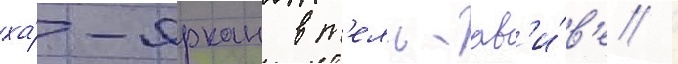
ха́-яркон в т'ель-ав'и́в'е /